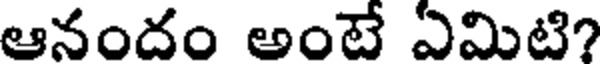
ఆనందం అంటే ఏమిటి?